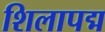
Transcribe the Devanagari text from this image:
शिलापद्म